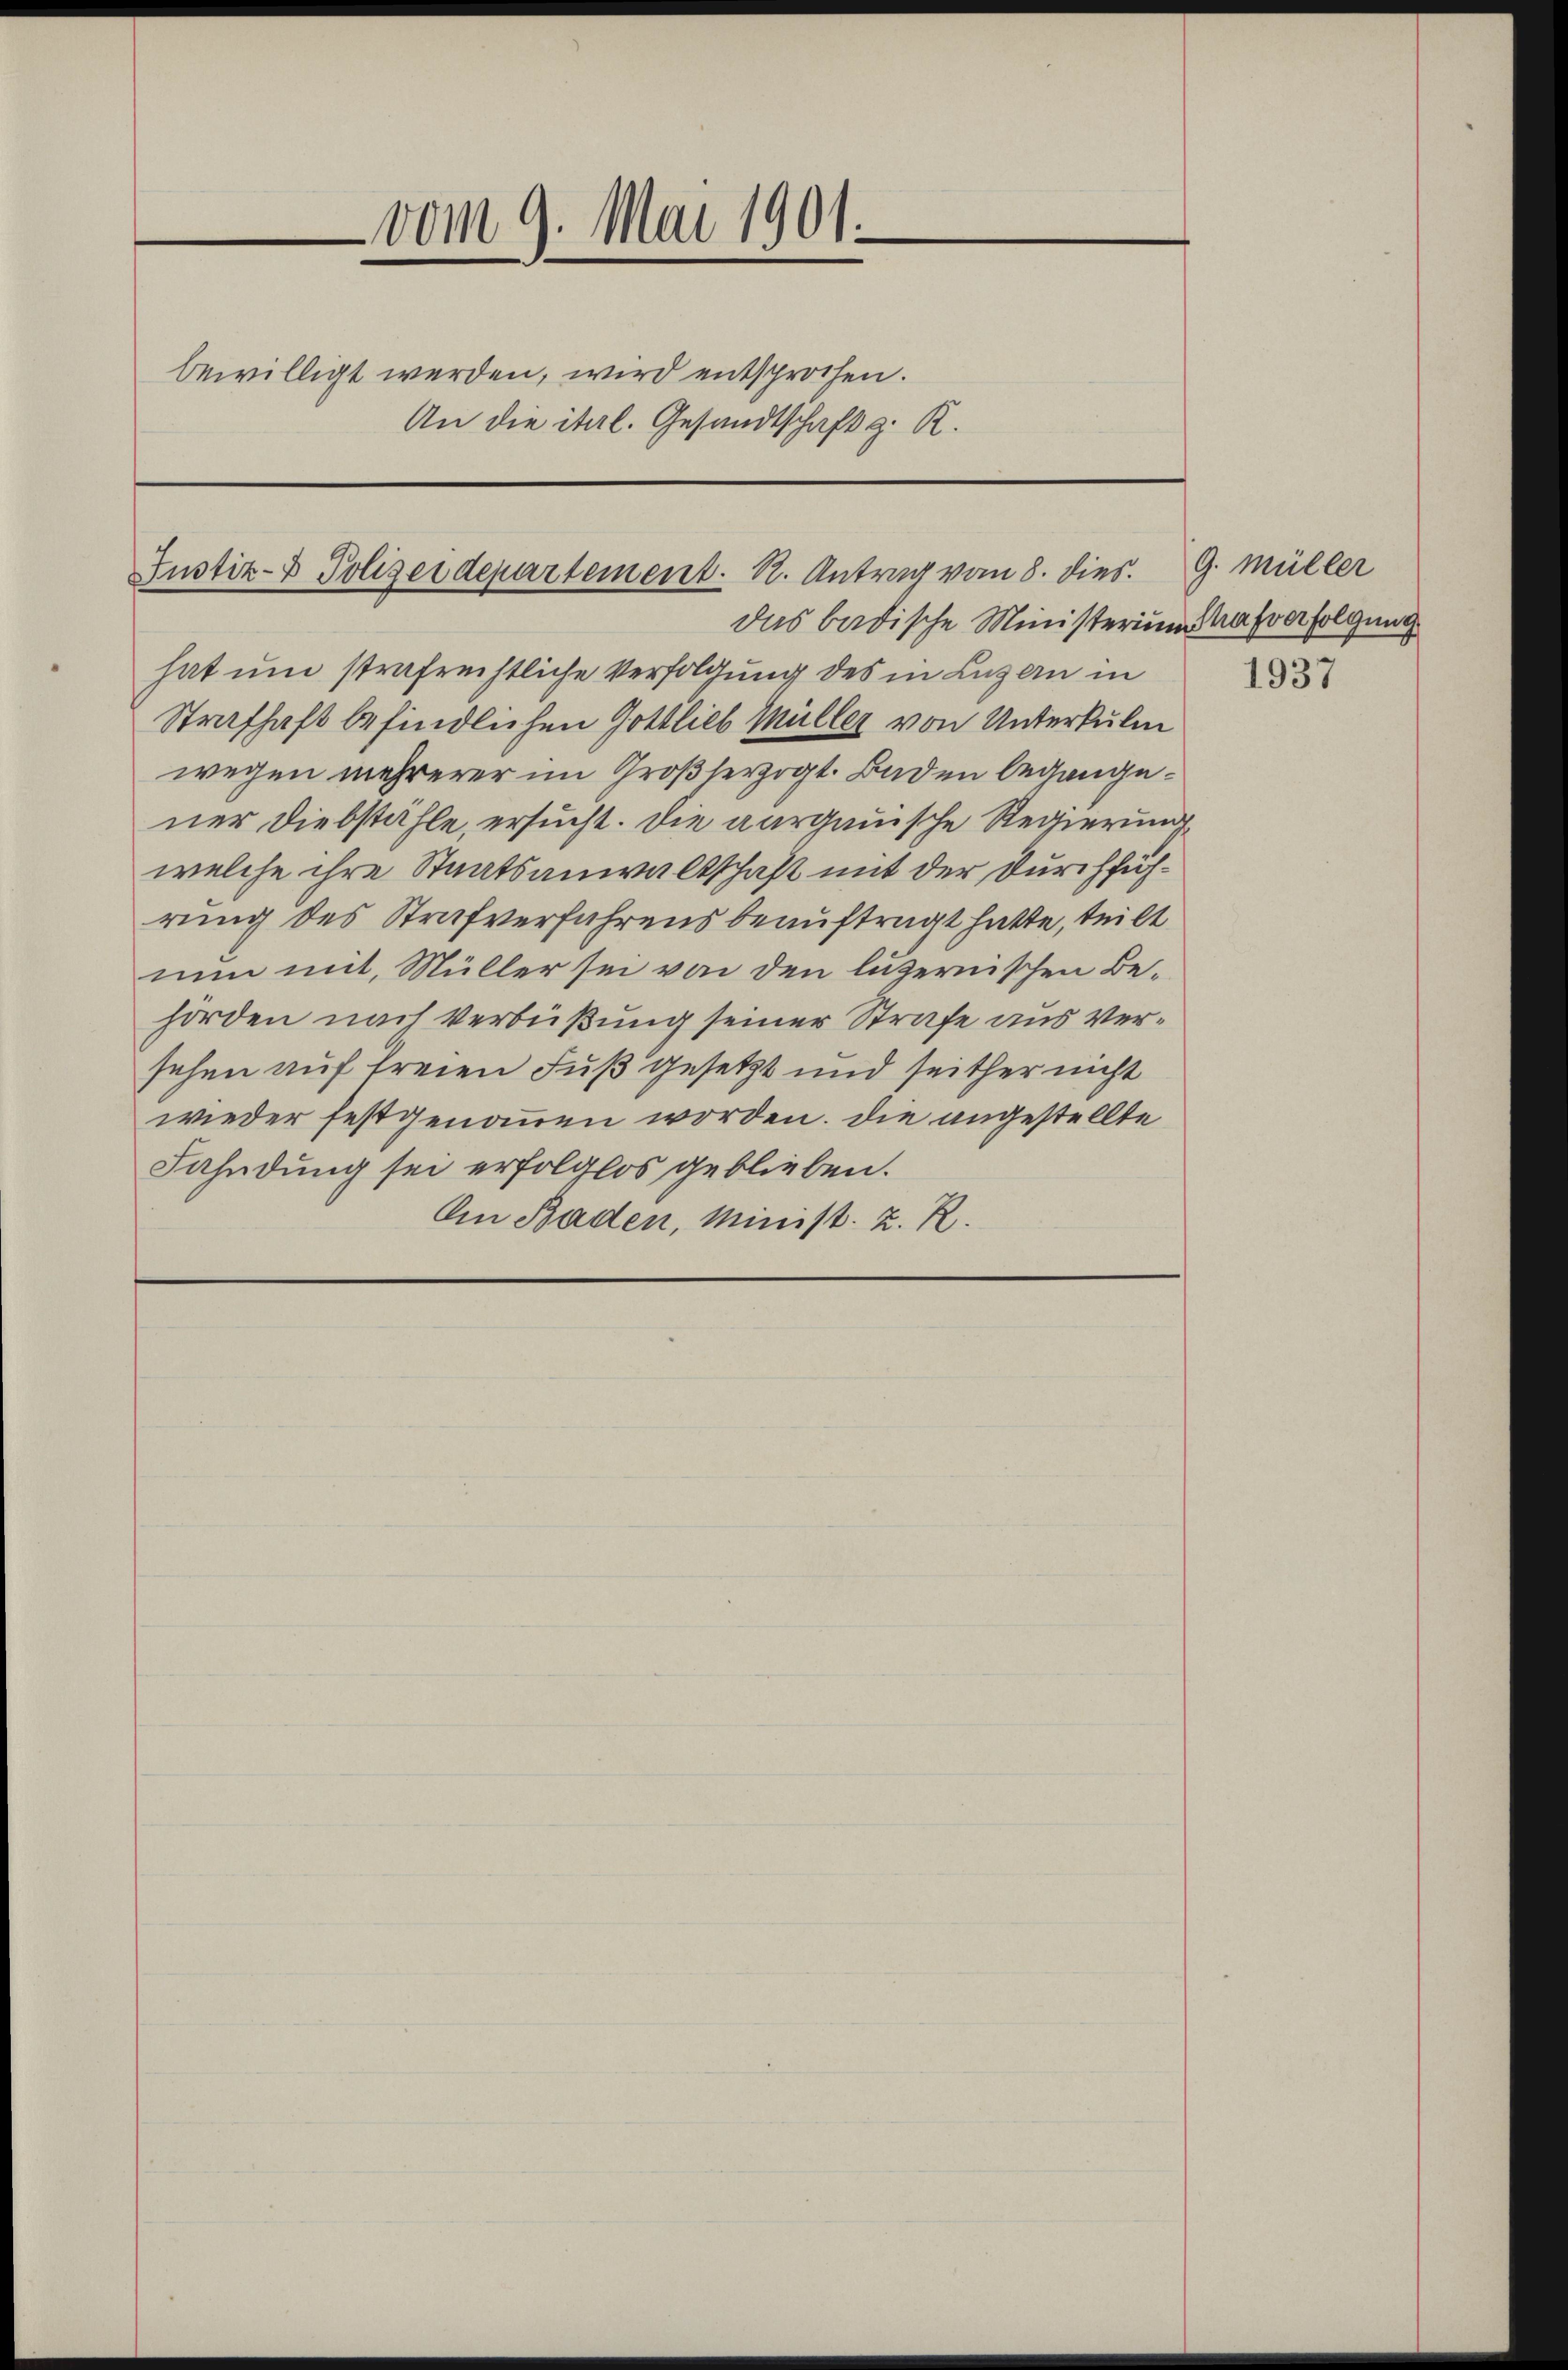
vom 9. Mai 1901.
bewilligt werden, wird entsprochen.
An die ital. Gesandtschaft z. R.

Justiz- & Polizeidepartement. S. Antrag vom 8. dies

das badische Ministerium trafverfolgung
hat um strafrechtliche Verfolgung des in Luzern in
Strafhaft befindlichen Gottlieb Müller von Unterkuli
wegen mehrerer im Großherzogt. Baden begangener Diebstähle, ersucht. Die aargauische Regierung
welche ihre Staatsanwaltschaft mit der Durchführung des Strafverfahrens beauftragt hatte, teilt
nun mit, Müller sei von den luzernischen Behörden nach Verbüßung seiner Strafe aus Versehen auf freien Fuß gesetzt und seither nicht
wieder festgenommen worden. Die angestellte
Fahndung sei erfolglos geblieben.
An Baden, Minist. Z. R.

G. Müller

1937